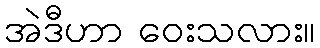
အဲဒီဟာ ဝေးသလား။